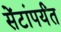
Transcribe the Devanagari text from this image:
सेंटांपर्यंत